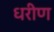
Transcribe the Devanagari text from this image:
धरीण